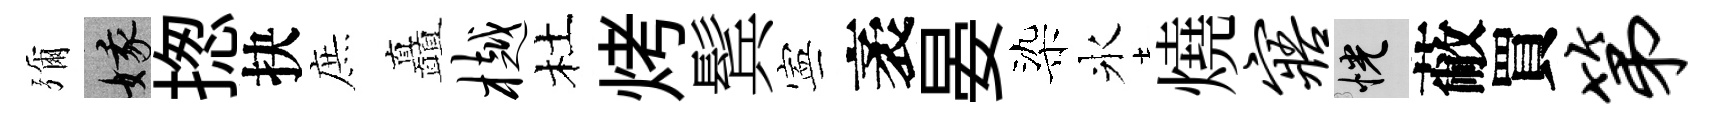
彌娥揔抉庶矗樾杜烤鬂寕袤晏染氷燒寤恍蔽買第